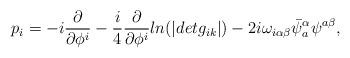
LaTeX: \begin{align*}p_i = -i \frac{\partial}{\partial \phi^i} -\frac{i}{4} \frac{\partial}{\partial \phi^i} ln (| det g_{ik}|)-2i \omega_{i \alpha \beta}\bar \psi^{\alpha}_a \psi^{a \beta} ,\end{align*}